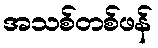
အသစ်တစ်ဖန်